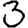
Digit: 3